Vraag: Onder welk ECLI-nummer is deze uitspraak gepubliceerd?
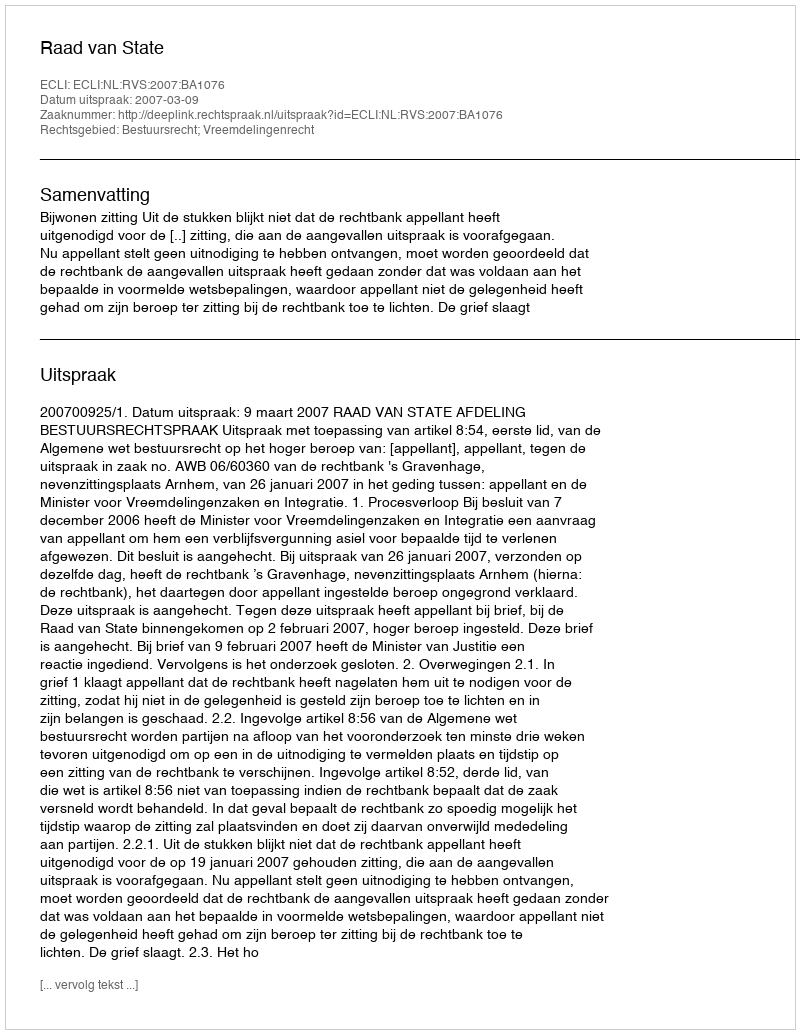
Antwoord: ECLI:NL:RVS:2007:BA1076